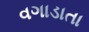
વગાડાતા